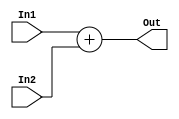
module Adder(In1,In2,Out);
input[31:0] In1,In2;
output[31:0] Out;
reg[31:0] Out;
always @(In1 or In2)
#2 Out = In1 + In2;
endmodule